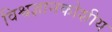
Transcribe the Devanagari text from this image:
विश्वज्ञानकोशीय